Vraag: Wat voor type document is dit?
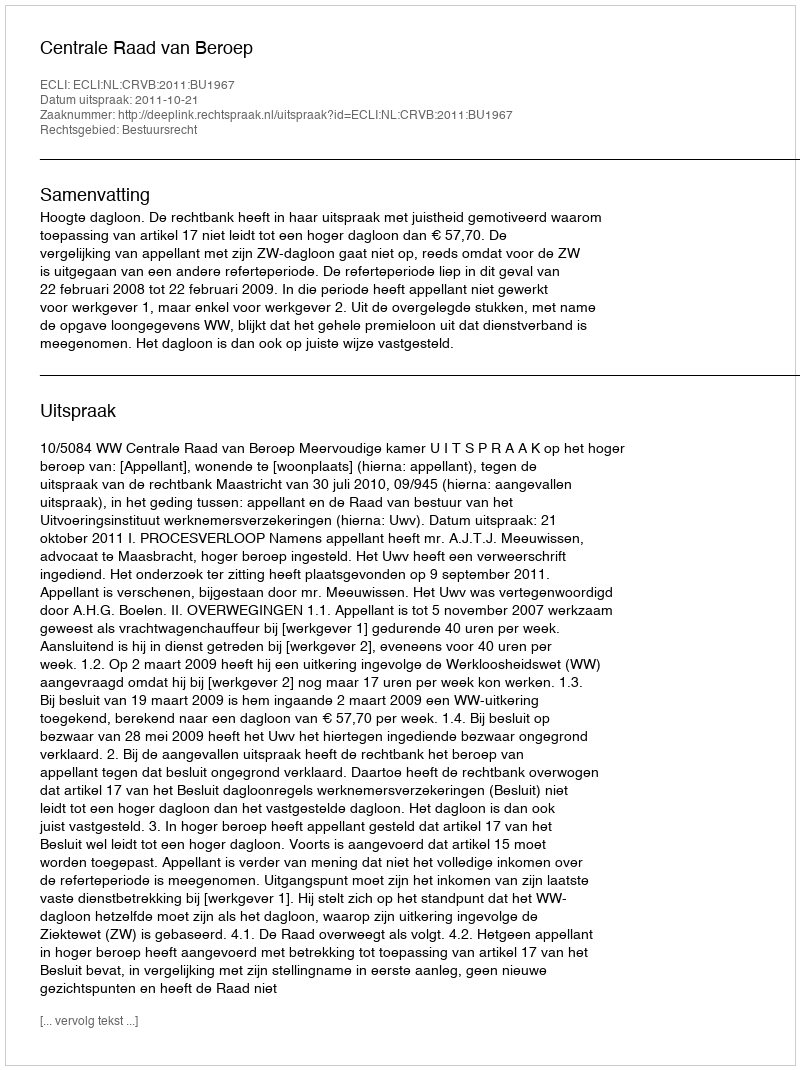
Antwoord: Uitspraak